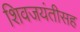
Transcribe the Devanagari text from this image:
शिवजयंतीसह